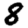
Digit: 8